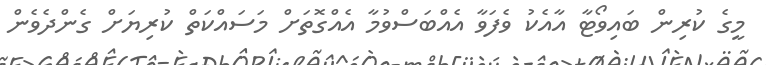
މީގެ ކުރިން ބައިވޯޓާ އާއެކު ވެފަވާ އެއްބަސްވުމާ އެއްގޮތަށް މަސައްކަތް ކުރިޔަށް ގެންދެވެން